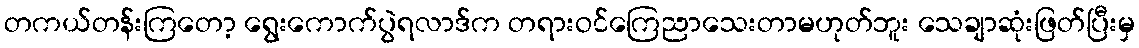
တကယ်တန်းကြတော့ ရွေးကောက်ပွဲရလာဒ်က တရားဝင်ကြေညာသေးတာမဟုတ်ဘူး သေချာဆုံးဖြတ်ပြီးမှ